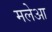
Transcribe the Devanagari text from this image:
मलेआ